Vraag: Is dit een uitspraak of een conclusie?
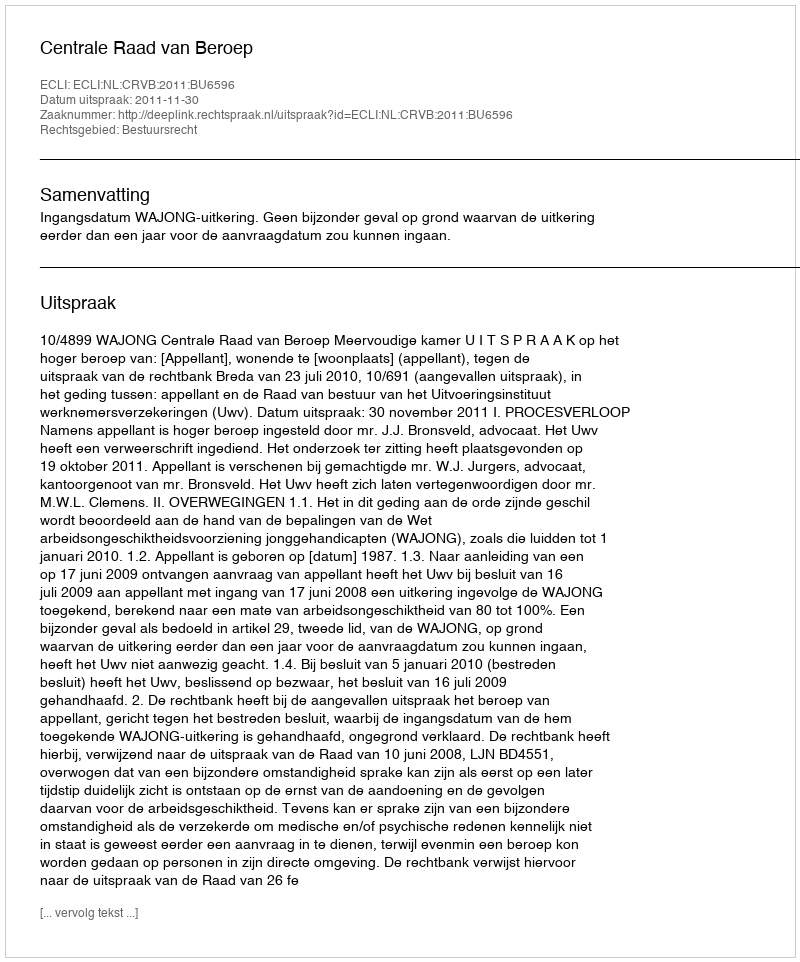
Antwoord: Uitspraak